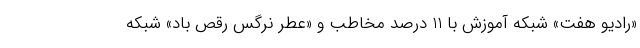
«رادیو هفت» شبکه آموزش با 11 درصد مخاطب و «عطر نرگس رقص باد» شبکه